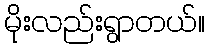
မိုးလည်းရွာတယ်။